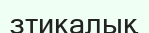
зтикалық